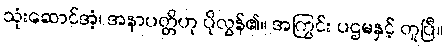
သုံးဆောင်အံ့၊ အနာပတ္တိဟု ပိုလွန်၏။ အကြွင်း ပဌမနှင့် တူပြီ။